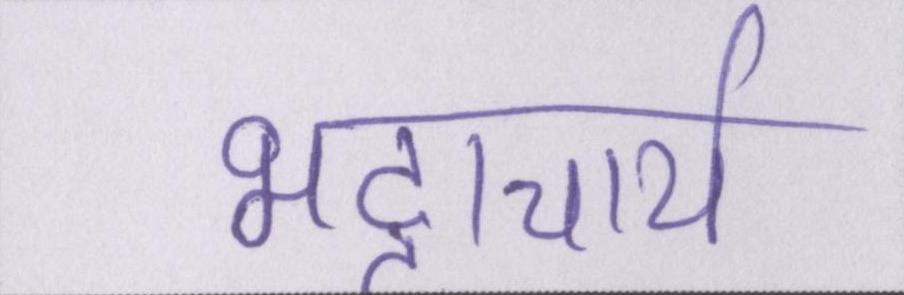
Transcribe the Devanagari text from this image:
भट्टाचार्य